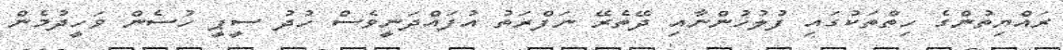
ރައްޔިތުންގެ ހިތްތަކުގައި ފުލުހުންނާއި ދޭތެރޭ ނަފްރަތު އުފައްދަނީވެސް ހުދު ސީޕީ ހުސެން ވަހީދުމެން